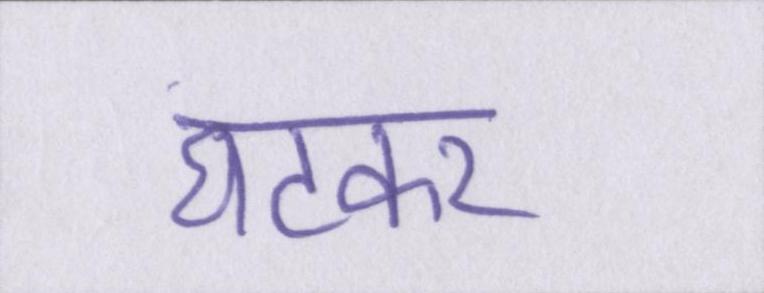
घटकर